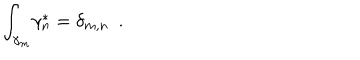
LaTeX: { \int _ { \gamma _ { m } } } { \gamma _ { n } ^ { \ast } } = { \delta _ { m , n } } \, \, \, .